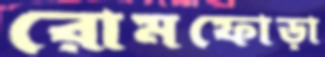
রোমফোড়া